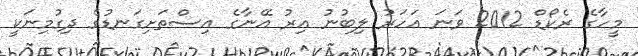
މީހާގެ ރެކޯޑް 2012 ވަނަ އަހަރު ލިބުނު އިރު އޭނާގެ އިސްތަށިގަނޑުގެ ދިގުމިނަކީ